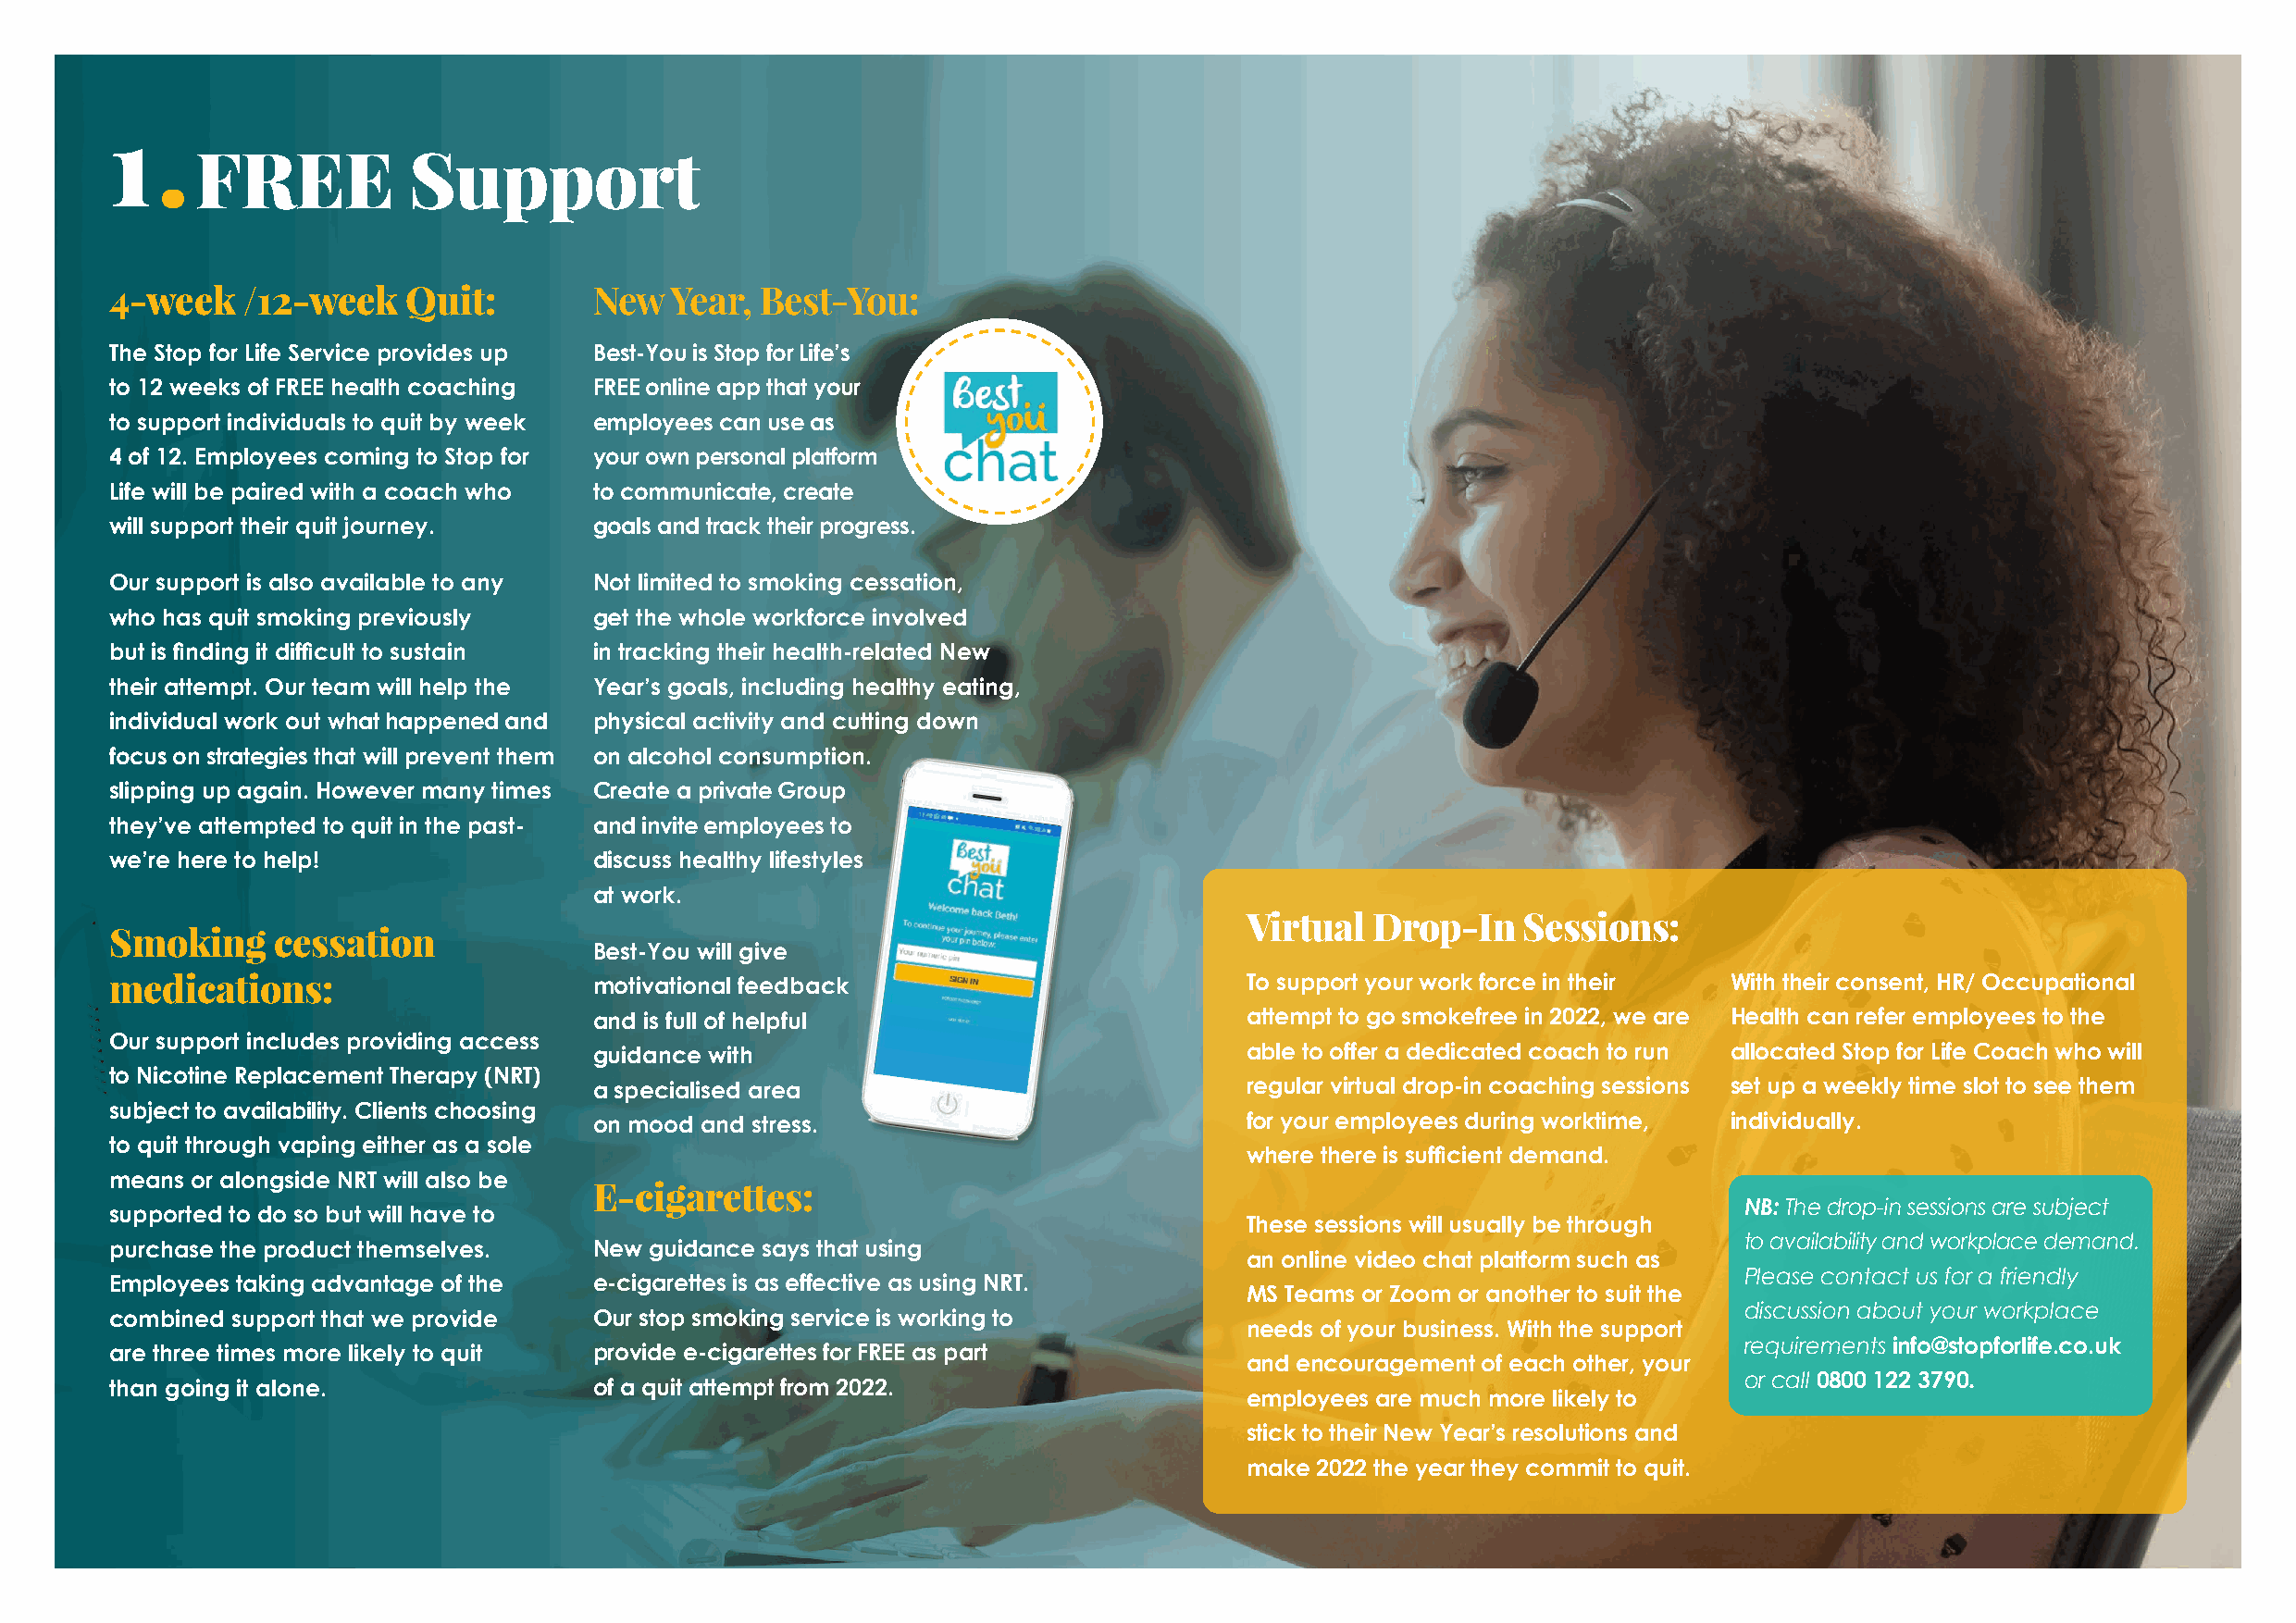
1.
 FREE           Support
 4-week   / 12-week   Quit:        New   Year, Best-You:
 The Stop for Life Service provides up Best-You is Stop for Life’s
 to 12 weeks of FREE health coaching FREE online app that your
 to support individuals to quit by week employees can use as
 4 of 12. Employees coming to Stop for your own personal platform
 Life will be paired with a coach who to communicate, create
 will support their quit journey.  goals and track their progress.
 Our support is also available to any Not limited to smoking cessation,
 who has quit smoking previously   get the whole workforce involved
 but is finding it difficult to sustain in tracking their health-related New
 their attempt. Our team will help the Year’s goals, including healthy eating,
 individual work out what happened and physical activity and cutting down
 focus on strategies that will prevent them on alcohol consumption.
 slipping up again. However many times Create a private Group
 they’ve attempted to quit in the past- and invite employees to
 we’re here to help!               discuss healthy lifestyles
 at work.
 Virtual  Drop-In    Sessions:
 Smoking     cessation
 Best-You will give
 medications:                      motivational feedback                          To support your work force in their With their consent, HR/ Occupational
 and is full of helpful                         attempt to go smokefree in 2022, we are Health can refer employees to the
 Our support includes providing access
 guidance with                                  able to offer a dedicated coach to run allocated Stop for Life Coach who will
 to Nicotine Replacement Therapy (NRT)
 a specialised area                             regular virtual drop-in coaching sessions set up a weekly time slot to see them
 subject to availability. Clients choosing
 on mood and stress.                            for your employees during worktime, individually.
 to quit through vaping either as a sole
 where there is sufficient demand.
 means or alongside NRT will also be
 E-cigarettes:
 NB: The drop-in sessions are subject
 supported to do so but will have to
 These sessions will usually be through
 to availability and workplace demand.
 purchase the product themselves.  New guidance says that using
 an online video chat platform such as
 Please contact us for a friendly
 Employees taking advantage of the e-cigarettes is as effective as using NRT.
 MS Teams or Zoom or another to suit the
 discussion about your workplace
 combined support that we provide  Our stop smoking service is working to
 needs of your business. With the support
 requirements info@stopforlife.co.uk
 are three times more likely to quit provide e-cigarettes for FREE as part
 and encouragement of each other, your
 or call 0800 122 3790.
 than going it alone.              of a quit attempt from 2022.
 employees are much more likely to
 stick to their New Year’s resolutions and
 make 2022 the year they commit to quit.